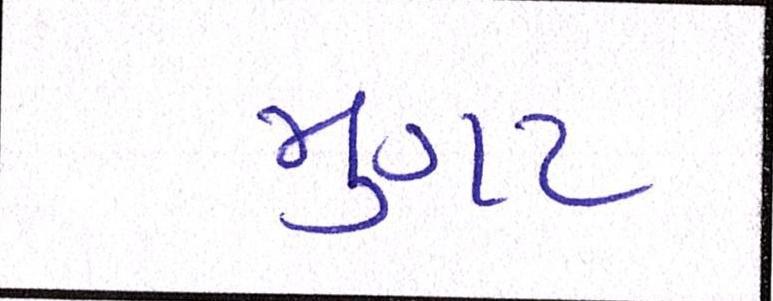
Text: મુગટ